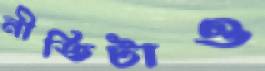
নীতিটাও